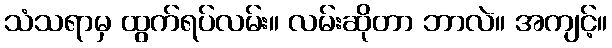
သံသရာမှ ထွက်ရပ်လမ်း။ လမ်းဆိုတာ ဘာလဲ။ အကျင့်။